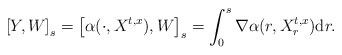
LaTeX: \begin{align*}\left[ Y, W \right]_s &= \left[ \alpha(\cdot, X^{t,x} ), W \right]_s = \int_0^s \nabla \alpha (r, X_r^{t,x}) \mathrm dr.\end{align*}